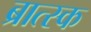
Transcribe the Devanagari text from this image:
ब्रात्स्क